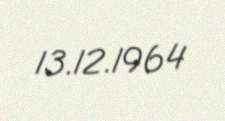
13.12.1964